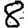
Digit: 8